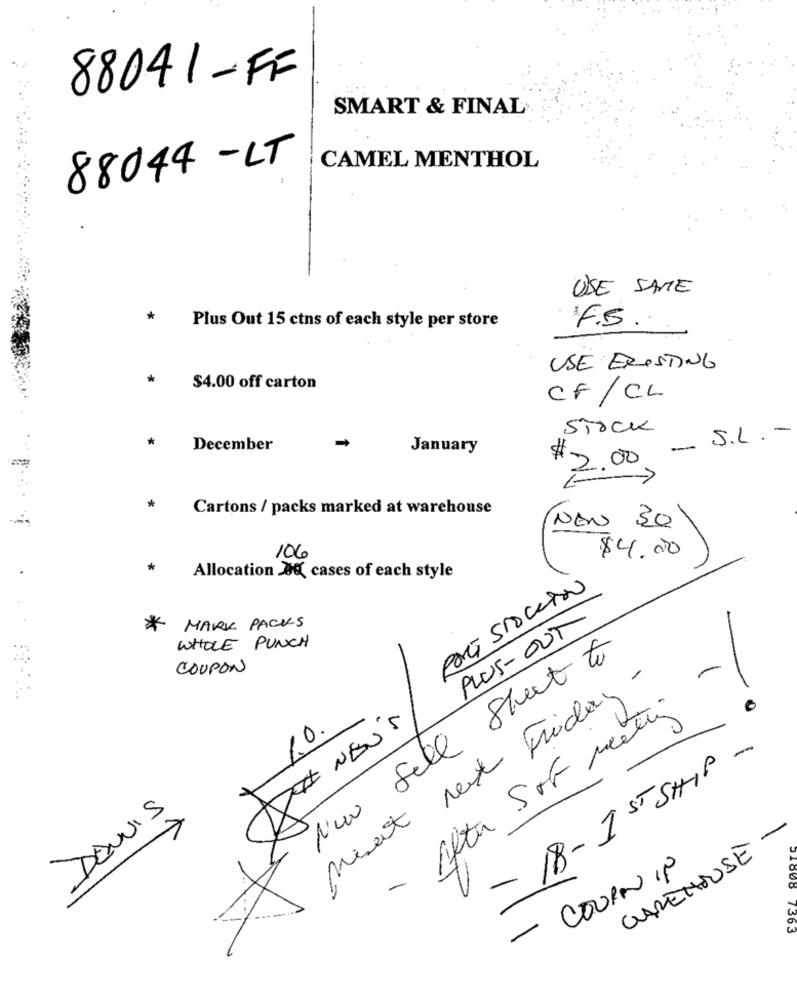
88041 -FF
SMART & FINAL
88044 -LT
CAMEL MENTHOL
USE SAME
*
Plus Out 15 ctns of each style per store
F.S.
USE EXISTING
$4.00 off carton
CF / CL
Stock
. S.L. -
*
December
January
#-
2.00
*
Cartons / packs marked at warehouse
12
NON 30
106
$4.00
*
Allocation 0% cases of each style
PLUS-OUT
*
MARK PACKS
WHOLE PUNCH
New Sell Street to
COUPON
-
meset rex Friday -
- After Sof meeting
DEINEN'S
1.0.
-18-1 ST SHIP -
DEVIS
-
WAREHOUSE
- COURN IP
1363